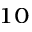
^ { 1 0 }